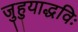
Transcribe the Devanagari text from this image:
जुहुयाद्धविः